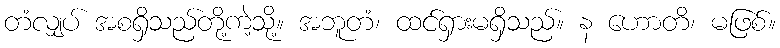
တံလျှပ် အစရှိသည်တို့ကဲ့သို့။ အဘူတံ၊ ထင်ရှားမရှိသည်။ န ဟောတိ၊ မဖြစ်။